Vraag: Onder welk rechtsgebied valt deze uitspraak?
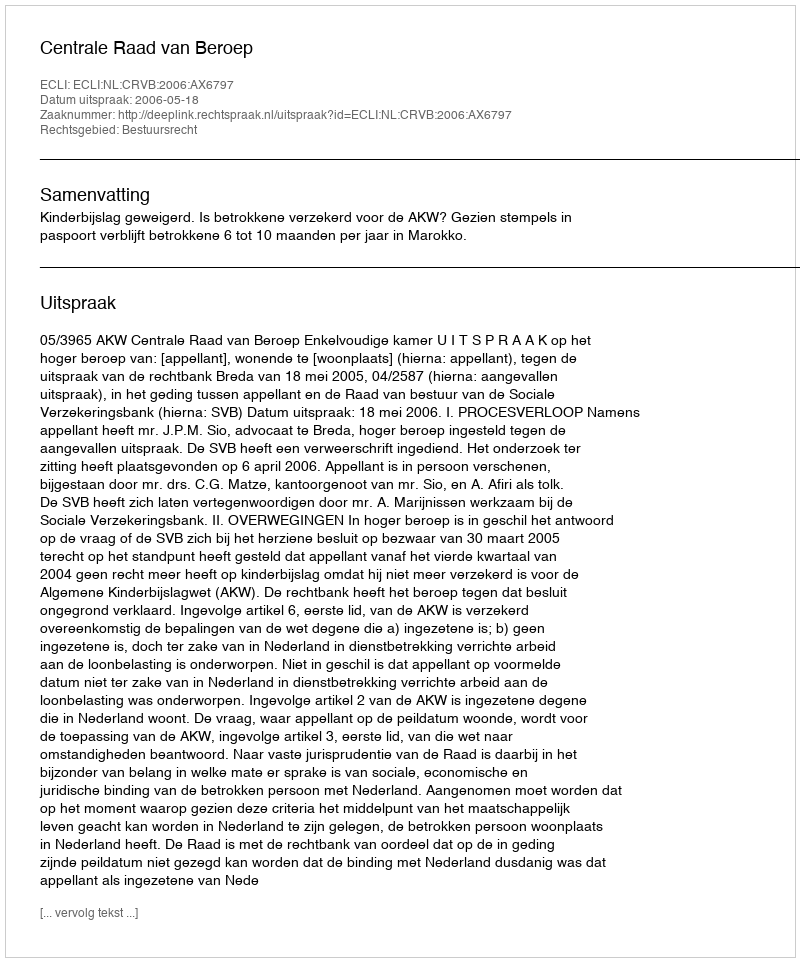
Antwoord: Bestuursrecht